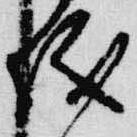
儀